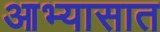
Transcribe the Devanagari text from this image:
आभ्यासात